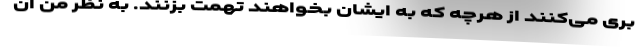
بری می‌کنند از هر‌چه که به ایشان بخواهند تهمت بزنند. به نظر من آن